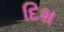
દિશ